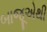
બાજૂએથી